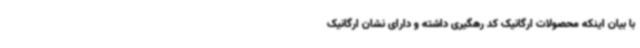
با بیان اینکه محصولات ارگانیک کد رهگیری داشته و دارای نشان ارگانیک